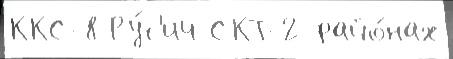
ККС-8 Ру́с'ич СКТ-2 райо́нах